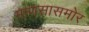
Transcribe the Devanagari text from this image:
माणसासमोर